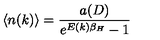
\langle n ( k ) \rangle = \frac { a ( D ) } { e ^ { E ( k ) \beta _ { H } } - 1 }